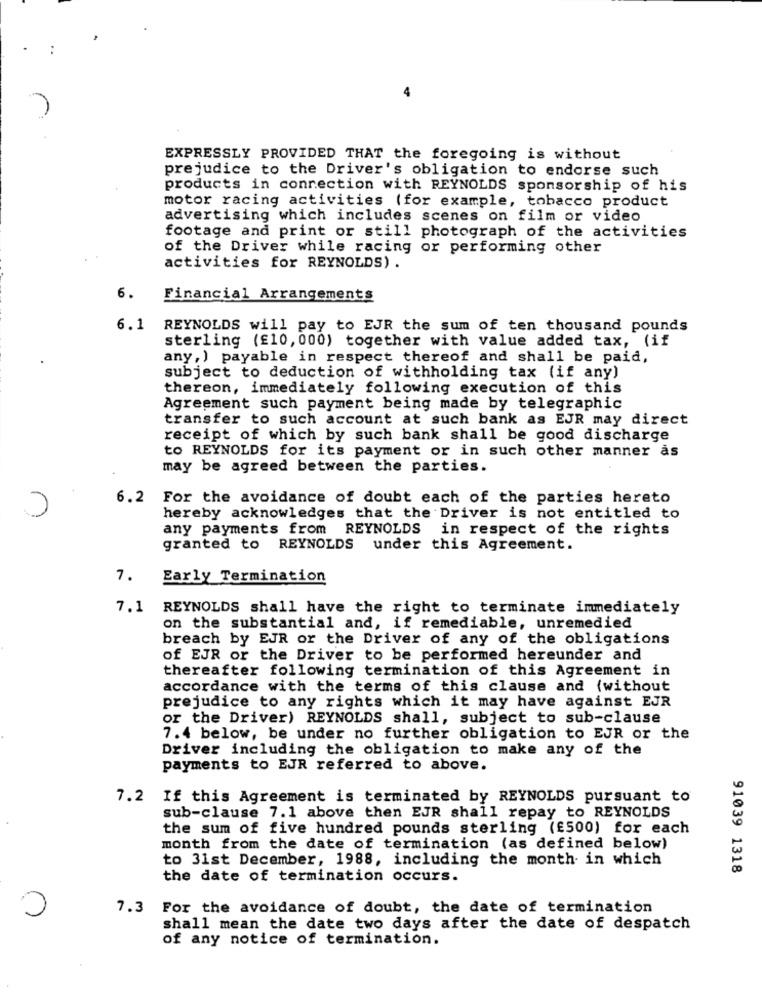
EXPRESSLY PROVIDED THAT the foregoing is without
prejudice to the Driver's obligation to endorse such
products in connection with REYNOLDS sponsorship of his
motor racing activities (for example, tobacco product
advertising which includes scenes on film or video
footage and print or still photograph of the activities
of the Driver while racing or performing other
activities for REYNOLDS) .
6.
Financial Arrangements
6.1
REYNOLDS will pay to EJR the sum of ten thousand pounds
sterling (£10, 000) together with value added tax, (if
any, ) payable in respect thereof and shall be paid,
subject to deduction of withholding tax (if any)
thereon, immediately following execution of this
Agreement such payment being made by telegraphic
transfer to such account at such bank as EJR may direct
receipt of which by such bank shall be good discharge
to REYNOLDS for its payment or in such other manner ås
may be agreed between the parties.
6.2
For the avoidance of doubt each of the parties hereto
hereby acknowledges that the Driver is not entitled to
any payments from REYNOLDS in respect of the rights
granted to REYNOLDS under this Agreement.
7.
Early Termination
7.1
REYNOLDS shall have the right to terminate immediately
on the substantial and, if remediable, unremedied
breach by EJR or the Driver of any of the obligations
of EJR or the Driver to be performed hereunder and
thereafter following termination of this Agreement in
accordance with the terms of this clause and (without
prejudice to any rights which it may have against EJR
or the Driver) REYNOLDS shall, subject to sub-clause
7.4 below, be under no further obligation to EJR or the
Driver including the obligation to make any of the
payments to EJR referred to above.
7.2
If this Agreement is terminated by REYNOLDS pursuant to
sub-clause 7.1 above then EJR shall repay to REYNOLDS
the sum of five hundred pounds sterling (£500) for each
month from the date of termination (as defined below)
to 31st December, 1988, including the month in which
91039 1318
the date of termination occurs.
7.3
For the avoidance of doubt, the date of termination
shall mean the date two days after the date of despatch
of any notice of termination.